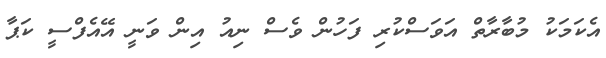
އެކަމަކު މުބާރާތް އަވަސްކުރި ފަހުން ވެސް ނިއު އިން ވަނީ އޭއެފްސީ ކަޕާ